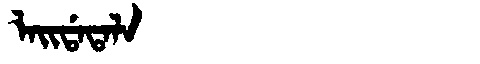
Manchu: ᠯᠠᡳᡩᠠᡨᠠᠯᠠ
Romanization: LAIDATALA